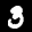
Label: 3